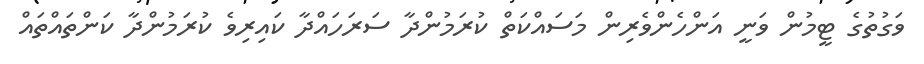
ވަގުތުގެ ޓީމުން ވަނީ އަންހެންވެރިން މަސައްކަތް ކުރަމުންދާ ސަރަހައްދާ ކައިރިވެ ކުރަމުންދާ ކަންތައްތައް